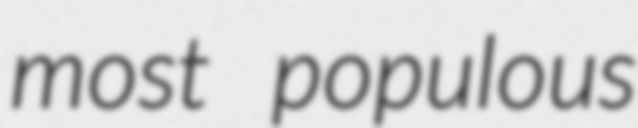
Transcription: most populous